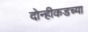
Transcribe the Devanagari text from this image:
दोन्हीकडच्या